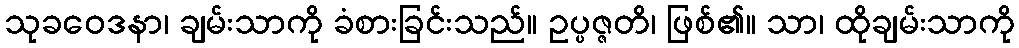
သုခဝေဒနာ၊ ချမ်းသာကို ခံစားခြင်းသည်။ ဥပ္ပဇ္ဇတိ၊ ဖြစ်၏။ သာ၊ ထိုချမ်းသာကို